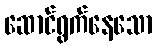
ဆောင်ရွက်နေသော